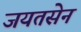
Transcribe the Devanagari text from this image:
जयतसेन